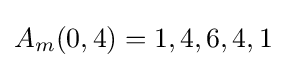
A_{m}(0,4)=1,4,6,4,1